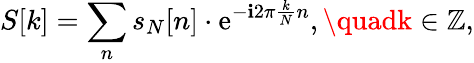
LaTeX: S[k]=\sum_{n}s_{N}[n]\cdot\mathrm{e}^{-\mathbf{i}2\pi{\frac{{k}}{{N}}}n},\quadk\in\mathbb{{Z}},